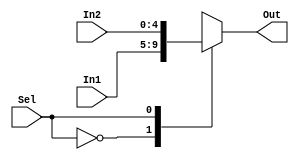
module Mux251(In1,In2,Sel,Out); //Mux(2:1)

	input [4:0] In1,In2; // 5-bits two inputs
	input Sel; //1-bit selection signal
	output reg [4:0] Out; //32-bits output

always@(In1,In2,Sel)
  begin
    case(Sel) //0 passes In1 ,1 passes In2
      0: Out <= In1;
      1: Out <= In2;
    endcase
  end
endmodule